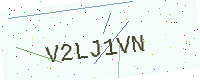
Text: V2LJ1VN